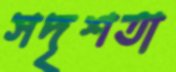
সদৃশতা